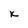
Character: k